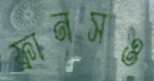
ফ্রানসও